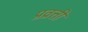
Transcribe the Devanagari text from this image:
प्रव्रत्ती